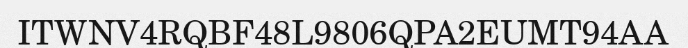
ITWNV4RQBF48L9806QPA2EUMT94AA